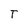
Character: T